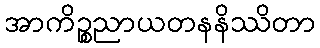
အာကိဉ္စညာယတနနိဿိတာ